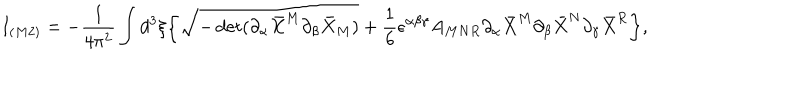
LaTeX: I _ { ( M 2 ) } = - { \frac { 1 } { 4 \pi ^ { 2 } } } \int d ^ { 3 } \xi \bigg \{ \sqrt { - \det ( \partial _ { \alpha } { \bar { X } } ^ { M } \partial _ { \beta } { \bar { X } } _ { M } ) } + { \frac { 1 } { 6 } } \epsilon ^ { \alpha \beta \gamma } A _ { M N R } \partial _ { \alpha } { \bar { X } } ^ { M } \partial _ { \beta } { \bar { X } } ^ { N } \partial _ { \gamma } { \bar { X } } ^ { R } \bigg \} ,